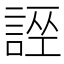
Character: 𧩄